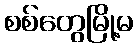
စစ်တွေမြို့မ